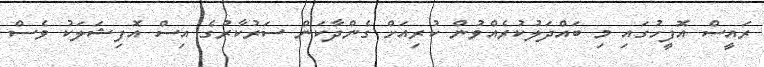
ރައީސް އޮފީހުގައި މި ބައްދަލުކުރެއްވުން ކުރިއަށް ގެންދާކަން ސަރުކާރުގެ އިސް އޮފިޝަލަކު ވެސް